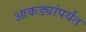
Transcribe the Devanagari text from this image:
आकड्यांपर्यंत